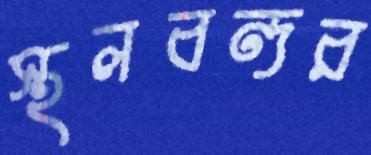
স্থলবন্দর